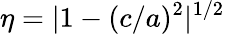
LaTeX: \eta=|1-(c/a)^{2}|^{1/2}